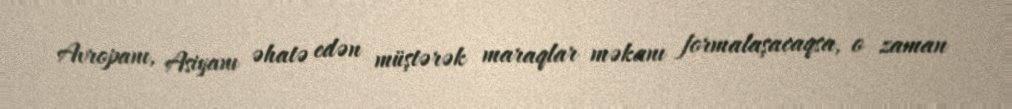
Avropanı, Asiyanı əhatə edən müştərək maraqlar məkanı formalaşacaqsa, o zaman